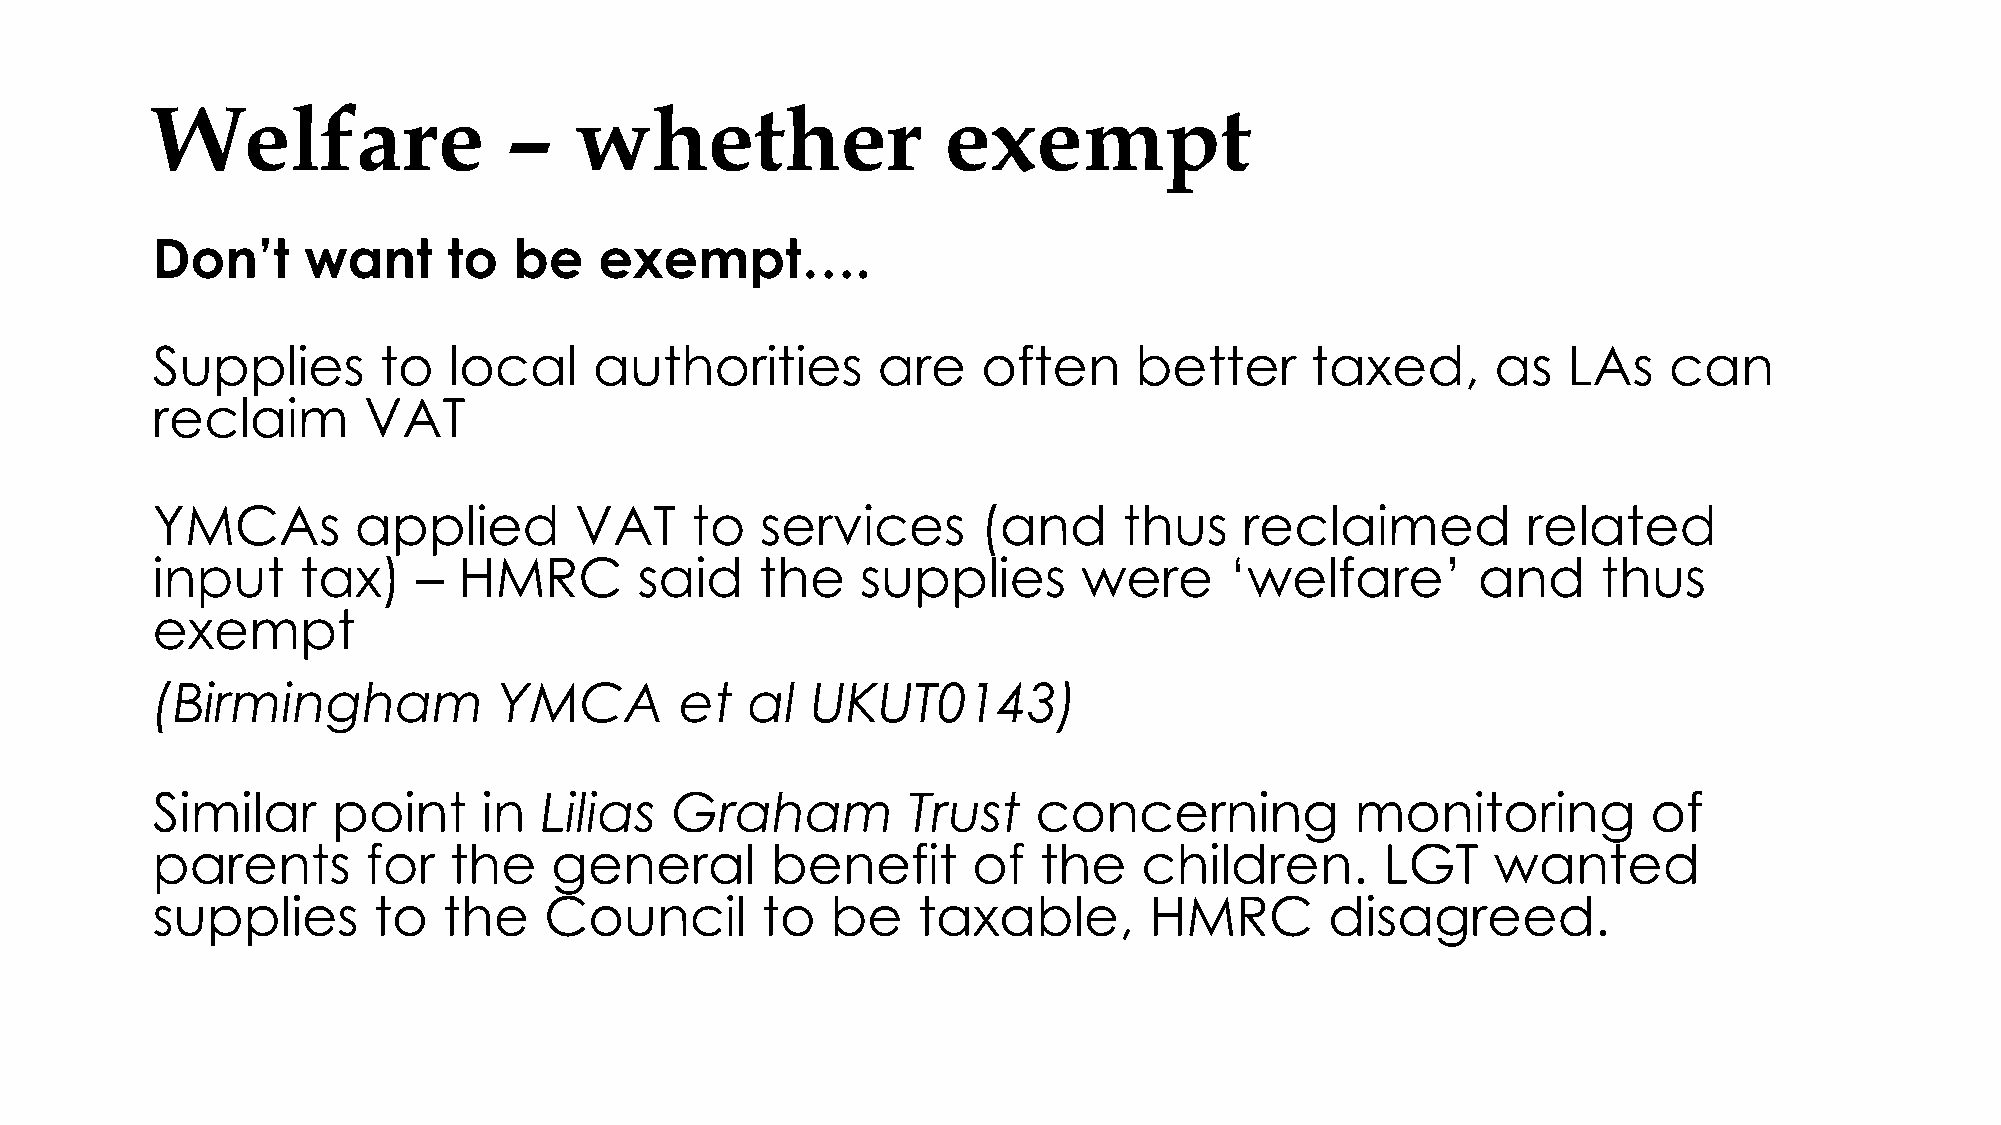
Welfare                 –   whether                  exempt
 Don’t     want      to  be    exempt….
 Supplies       to   local    authorities        are    often     better      taxed,      as   LAs   can
 reclaim       VAT
 YMCAs        applied        VAT     to  services       (and     thus    reclaimed          related
 input     tax)    – HMRC        said    the    supplies       were     ‘welfare’        and     thus
 exempt
 (Birmingham            YMCA        et  al   UKUT0143)
 Similar     point     in  Lilias  Graham          Trust    concerning           monitoring         of
 parents       for   the   general        benefit      of   the    children.       LGT    wanted
 supplies       to  the    Council       to   be    taxable,       HMRC        disagreed.